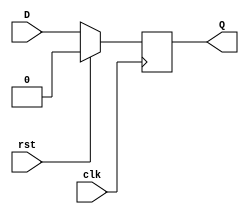
module REGISTER1(input D, input clk, rst, output reg Q);
	always @(posedge clk) begin
		Q = rst ? 0 : D;
	end
endmodule